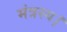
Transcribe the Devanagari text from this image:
मंत्रस्य।